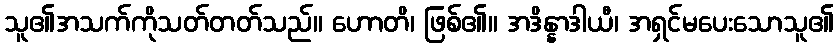
သူ၏အသက်ကိုသတ်တတ်သည်။ ဟောတိ၊ ဖြစ်၏။ အဒိန္နာဒါယီ၊ အရှင်မပေးသောသူ၏